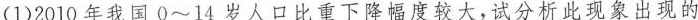
(1)2010年我国0~14岁人口比重下降幅度较大，试分析此现象出现的